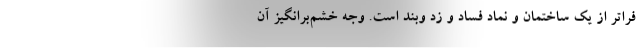
فراتر از یک ساختمان و نماد فساد و زد وبند است. وجه خشم‌برانگیز آن